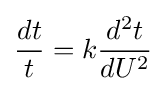
{\frac {dt}{t}}=k{\frac {d^{2}t}{dU^{2}}}